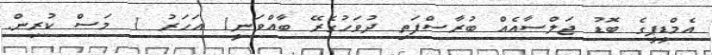
އެމްޑީޕީގެ ބޮޑު ޖަލްސާއެއް ބުރާސްފަތި ދުވަހުގެރޭ ބާއްވަނީ1 އަހަރު 1 މަސް ކުރިން.